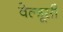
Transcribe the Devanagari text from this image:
वेल्त्रूसी